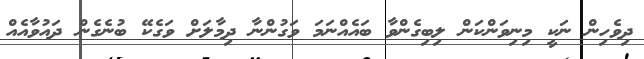
ދިވެހިން ނަކީ މިނިވަންކަން ލިބިގެންވާ ބައެއްނަމަ ވަގުންނާ ދިމާލަށް ވަގެކޭ ބުނެގެން ދައުވާއެއް